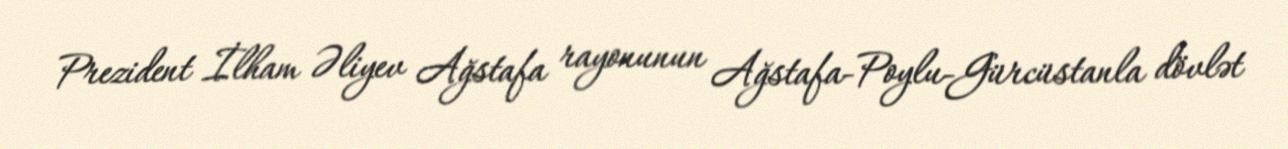
Prezident İlham Əliyev Ağstafa rayonunun Ağstafa-Poylu-Gürcüstanla dövlət